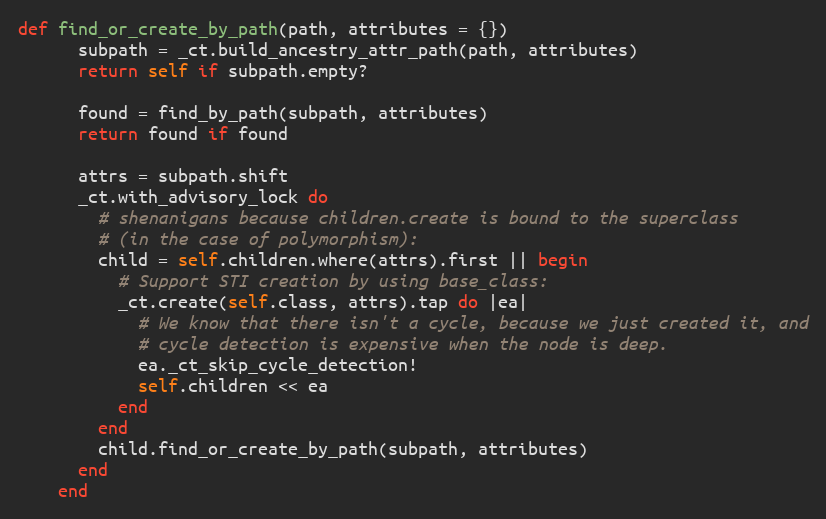
Language: Ruby
def find_or_create_by_path(path, attributes = {})
      subpath = _ct.build_ancestry_attr_path(path, attributes)
      return self if subpath.empty?

      found = find_by_path(subpath, attributes)
      return found if found

      attrs = subpath.shift
      _ct.with_advisory_lock do
        # shenanigans because children.create is bound to the superclass
        # (in the case of polymorphism):
        child = self.children.where(attrs).first || begin
          # Support STI creation by using base_class:
          _ct.create(self.class, attrs).tap do |ea|
            # We know that there isn't a cycle, because we just created it, and
            # cycle detection is expensive when the node is deep.
            ea._ct_skip_cycle_detection!
            self.children << ea
          end
        end
        child.find_or_create_by_path(subpath, attributes)
      end
    end